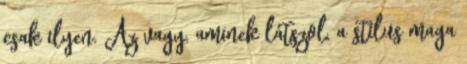
csak ilyen. Az vagy, aminek látszol, a stílus maga